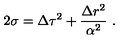
2 \sigma = \Delta \tau ^ { 2 } + \frac { \Delta r ^ { 2 } } { \alpha ^ { 2 } } \ .